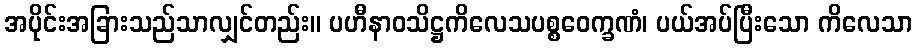
အပိုင်းအခြားသည်သာလျှင်တည်း။ ပဟီနာဝသိဋ္ဌကိလေသပစ္စဝေက္ခဏံ၊ ပယ်အပ်ပြီးသော ကိလေသာ